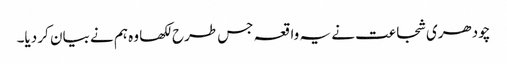
چودھری شجاعت نے یہ واقعہ جس طرح لکھا وہ ہم نے بیان کر دیا۔